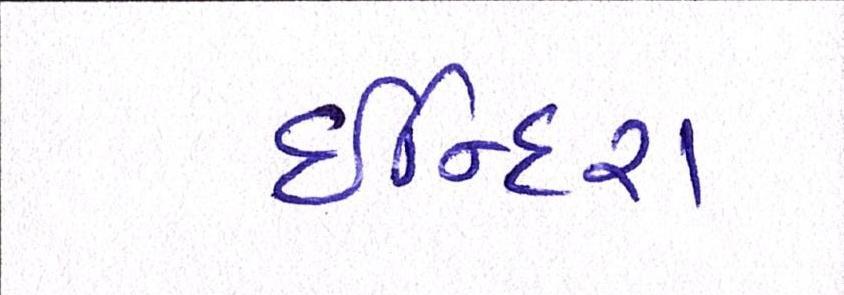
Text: ઈન્દિરા